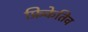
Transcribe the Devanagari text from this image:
फ्रिकेतिव